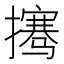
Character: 𰔲